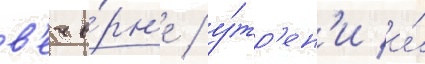
в'ече́рн'е / у́тр'ен'и и́